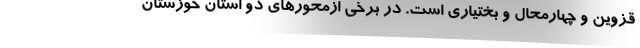
قزوین و چهارمحال و بختیاری است. در برخی ازمحورهای دو استان خوزستان